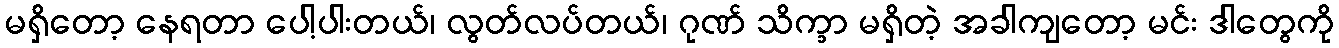
မရှိတော့ နေရတာ ပေါ့ပါးတယ်၊ လွတ်လပ်တယ်၊ ဂုဏ် သိက္ခာ မရှိတဲ့ အခါကျတော့ မင်း ဒါတွေကို